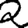
Digit: 2